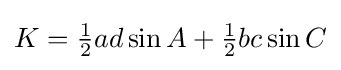
K={\tfrac {1}{2}}ad\sin {A}+{\tfrac {1}{2}}bc\sin {C}